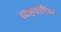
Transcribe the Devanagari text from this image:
व्यहवारिक